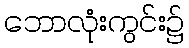
ဘောလုံးကွင်း၌